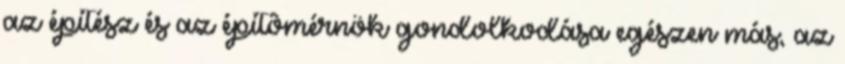
az építész és az építômérnök gondolkodása egészen más, az